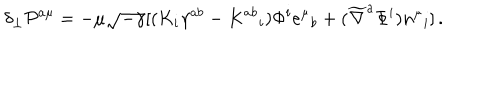
\delta _ { \perp } { \cal P } ^ { a \mu } = - \mu \sqrt { - \gamma } [ ( K _ { i } \gamma ^ { a b } - K ^ { a b } { } _ { i } ) \Phi ^ { i } e ^ { \mu } { } _ { b } + ( \widetilde \nabla ^ { a } \Phi ^ { i } ) n ^ { \mu } { } _ { i } ] \, .